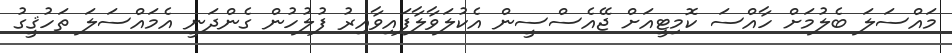
މައްސަލަ ބެލުމަށް ހާއްސަ ކޮމިޓީއަށް ޖޭއެސްސީން އެކުލަވާލާފައިވާއިރު ފުލުހުން ގެންދަނީ އެމައްސަލަ ތަހުޤީގު